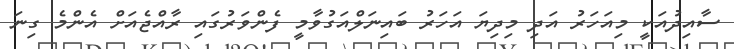
ސާއިދުއަކީ މިއަހަރު އަދި މިދިޔަ އަހަރު ބައިނަލްއަގުވާމީ ފެންވަރުގައި ރާއްޖެއަށް އެންމެ ގިނަ